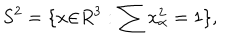
S ^ { 2 } = \{ x { \in } R ^ { 3 } : \sum x _ { \alpha } ^ { 2 } = 1 \} ,